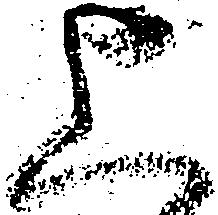
上